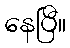
နေပြီ။